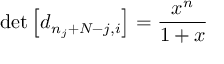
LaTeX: \operatorname * { d e t } \left[ d _ { n _ { j } + N - j , i } \right] = \frac { x ^ { n } } { 1 + x }